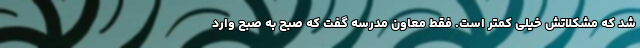
شد که مشکلاتش خیلی کمتر است. فقط معاون مدرسه گفت که صبح به صبح وارد